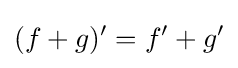
(f+g)^{\prime }=f^{\prime }+g^{\prime }